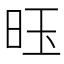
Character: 𫞂